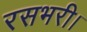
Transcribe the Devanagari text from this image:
रसभरी।